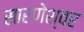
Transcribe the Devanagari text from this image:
सारणेश्वर